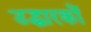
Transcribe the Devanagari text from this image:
उद्धारकों